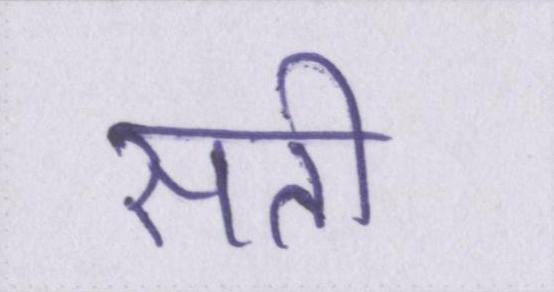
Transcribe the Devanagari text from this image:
सती